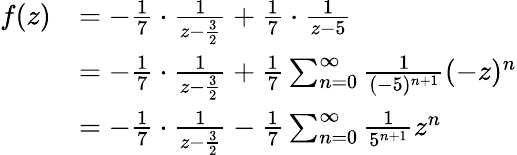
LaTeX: \begin{array}{rl}{f(z)}&{=-\frac{1}{7}\cdot\frac{1}{z-\frac{3}{2}}+\frac{1}{7}\cdot\frac{1}{z-5}}\\ &{=-\frac{1}{7}\cdot\frac{1}{z-\frac{3}{2}}+\frac{1}{7}\sum_{n=0}^{\infty}\frac{1}{(-5)^{n+1}}(-z)^{n}}\\ &{=-\frac{1}{7}\cdot\frac{1}{z-\frac{3}{2}}-\frac{1}{7}\sum_{n=0}^{\infty}\frac{1}{5^{n+1}}z^{n}}\end{array}